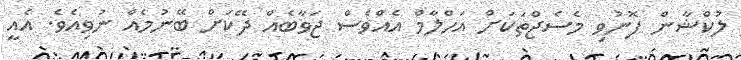
ލުކްޝާން ފޮނުވި މެސެޖްތަކަށް އަހްލާމް އެއްވެސް ޖަވާބެއް ދޭކަށް ބޭނުމެއް ނުވިއެވެ. އެއީ